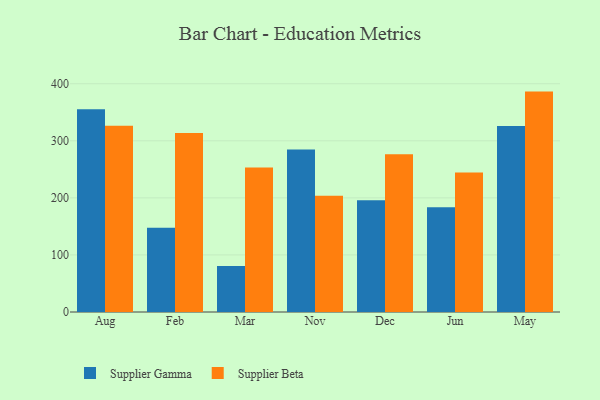
{"axis": {"x": "Month", "y": "Temperature (°C)"}, "legend": ["Supplier Beta", "Supplier Gamma"], "data": [{"x": "Aug", "y": 355.4, "type": "Supplier Gamma"}, {"x": "Aug", "y": 326.2, "type": "Supplier Beta"}, {"x": "Feb", "y": 147.7, "type": "Supplier Gamma"}, {"x": "Feb", "y": 313.5, "type": "Supplier Beta"}, {"x": "Mar", "y": 80.5, "type": "Supplier Gamma"}, {"x": "Mar", "y": 253.2, "type": "Supplier Beta"}, {"x": "Nov", "y": 284.6, "type": "Supplier Gamma"}, {"x": "Nov", "y": 203.7, "type": "Supplier Beta"}, {"x": "Dec", "y": 195.7, "type": "Supplier Gamma"}, {"x": "Dec", "y": 276.5, "type": "Supplier Beta"}, {"x": "Jun", "y": 183.6, "type": "Supplier Gamma"}, {"x": "Jun", "y": 244.6, "type": "Supplier Beta"}, {"x": "May", "y": 326.0, "type": "Supplier Gamma"}, {"x": "May", "y": 386.2, "type": "Supplier Beta"}]}